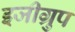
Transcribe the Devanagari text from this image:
इजीग्रुप